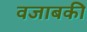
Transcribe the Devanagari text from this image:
वजाबकी